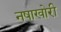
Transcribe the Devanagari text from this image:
नषाखोरी